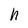
Character: h